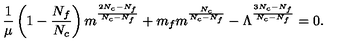
\frac { 1 } { \mu } \left( 1 - \frac { N _ { f } } { N _ { c } } \right) m ^ { \frac { 2 N _ { c } - N _ { f } } { N _ { c } - N _ { f } } } + m _ { f } m ^ { \frac { N _ { c } } { N _ { c } - N _ { f } } } - \Lambda ^ { \frac { 3 N _ { c } - N _ { f } } { N _ { c } - N _ { f } } } = 0 .